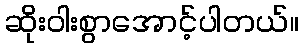
ဆိုးဝါးစွာအောင့်ပါတယ်။